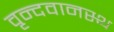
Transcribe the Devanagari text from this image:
वृन्दवानस्थ